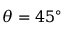
\theta = 4 5 ^ { \circ }